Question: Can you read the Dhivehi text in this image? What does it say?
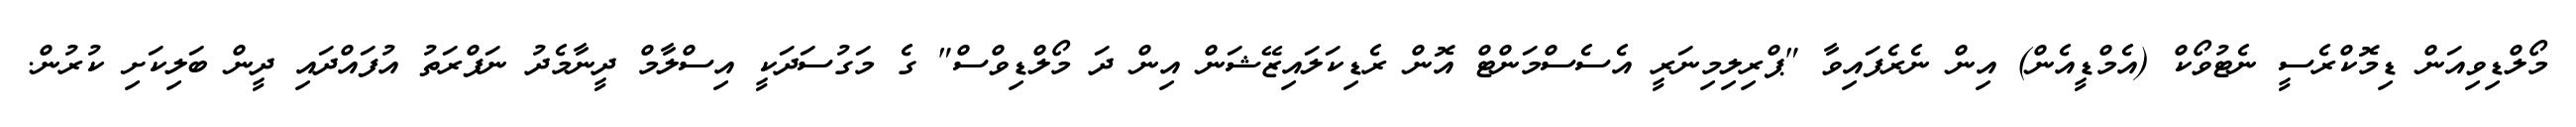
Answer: މޯލްޑިވިއަން ޑިމޮކްރެސީ ނެޓުވޯކް (އެމްޑީއެން) އިން ނެރެފައިވާ "ޕްރިލިމިނަރީ އެސެސްމަންޓް އޮން ރެޑިކަލައިޒޭޝަން އިން ދަ މޯލްޑިވްސް" ގެ މަގުސަދަކީ އިސްލާމް ދީނާމެދު ނަފްރަތު އުފައްދައި ދީން ބަލިކަށި ކުރުން.